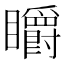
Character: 䂃